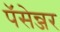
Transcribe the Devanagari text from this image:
पॅसेन्जर